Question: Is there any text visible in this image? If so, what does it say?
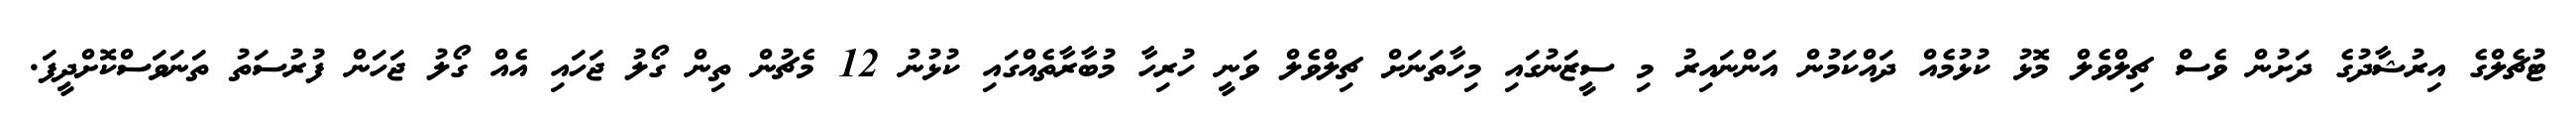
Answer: ޓުޗެލްގެ އިރުޝާދުގެ ދަށުން ވެސް ޗިލްވެލް މޮޅު ކުޅުމެއް ދައްކަމުން އަންނައިރު މި ސީޒަނުގައި މިހާތަނަށް ޗިލްވެލް ވަނީ ހުރިހާ މުބާރާތެއްގައި ކުޅުނު 12 މެޗުން ތިން ގޯލު ޖަހައި އެއް ގޯލު ޖަހަން ފުރުސަތު ތަނަވަސްކޮށްދީފަ.